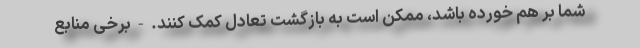
شما بر هم خورده باشد، ممکن است به بازگشت تعادل کمک کنند. - برخی منابع